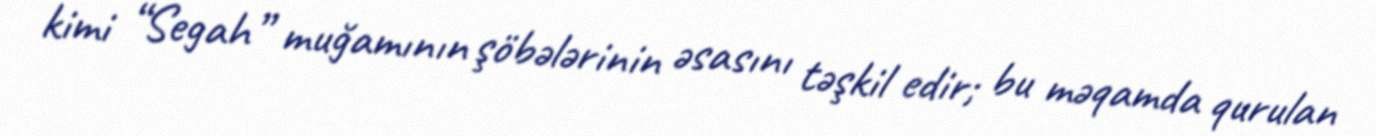
kimi “Segah” muğamının şöbələrinin əsasını təşkil edir; bu məqamda qurulan